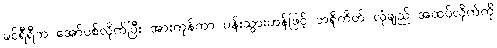
ခင်ရီရီက အော်ပစ်လိုက်ပြီး အားကုန်ကာ ပန်းသွားဟန်ဖြင့် ဘရိုကိတ် လုံချည် အထပ်လိုက်ကို